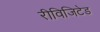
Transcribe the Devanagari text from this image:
रीविजिटेड